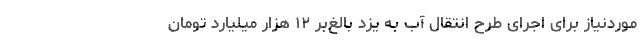
موردنیاز برای اجرای طرح انتقال آب به یزد بالغ‌بر ۱۲ هزار میلیارد تومان